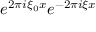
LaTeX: e ^ { 2 \pi i \xi _ { 0 } x } e ^ { - 2 \pi i \xi x }